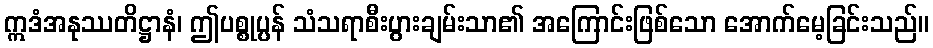
ဣဒံအနုဿတိဋ္ဌာနံ၊ ဤပစ္စုပ္ပန် သံသရာစီးပွားချမ်းသာ၏ အကြောင်းဖြစ်သော အောက်မေ့ခြင်းသည်။